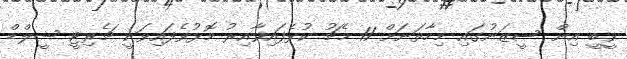
ވީބީ އިން ސީޒަނުގައި މިހާތަނަށް 11 މެޗު ކުޅެފައިވާއިރު މޮޅުވެފައިވަނީ ޗެރިޓީ ޝީލްޑް